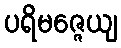
ပရိမဇ္ဇေယျ